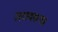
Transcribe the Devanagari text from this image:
जरावसथा